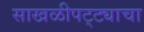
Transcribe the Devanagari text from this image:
साखळीपट्ट्याचा